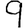
Digit: 9